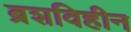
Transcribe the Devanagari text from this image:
ब्रशविहीन